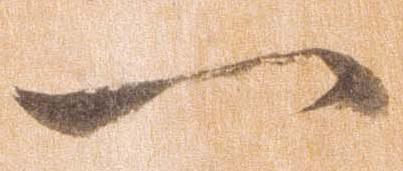
一